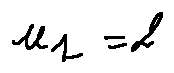
u _ { 1 } = 2